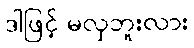
ဒါဖြင့် မလှဘူးလား